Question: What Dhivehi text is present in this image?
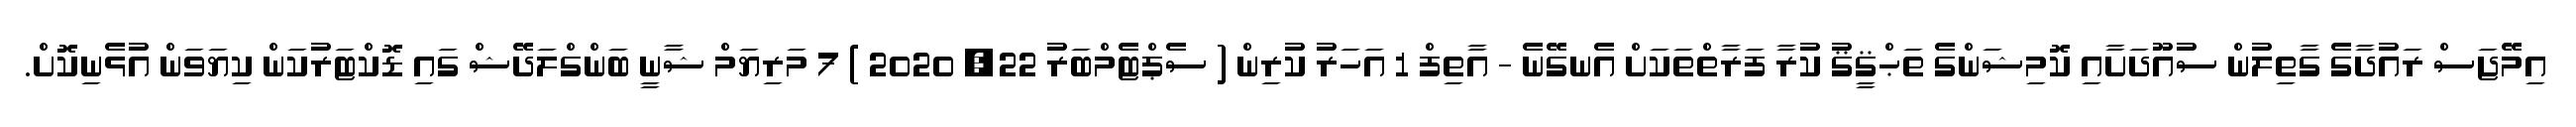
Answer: އިމޭޖަސް ރައުދާގެ ގާތިލުން ސުއޫދަށާއި ކޮމިޝަންގެ ތަޙްޤީޤު ކުރާ ފަރާތްތަކަށް އެނގޭނެ - އާތިފް 1 އަހަރު ކުރިން ( ސެޕްޓެމްބަރު 22, 2020 ) 7 މަރިޔަމް ޝާާނީ ބަންގްލަދޭޝް ގައި ޑޮކްޓަރުކަން ކިޔަވަން އުޅެނިކޮށް.